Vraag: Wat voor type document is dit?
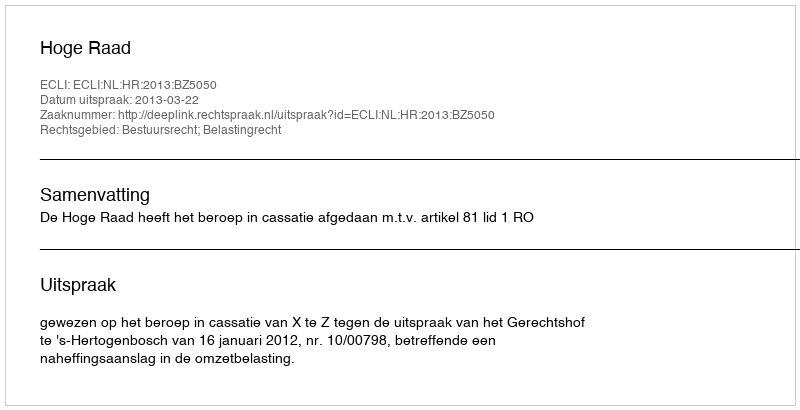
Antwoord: Uitspraak